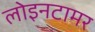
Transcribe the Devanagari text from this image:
लोइनटामर